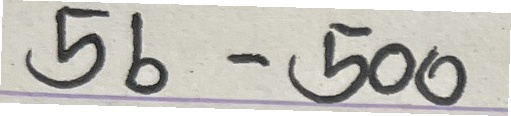
56 - 500